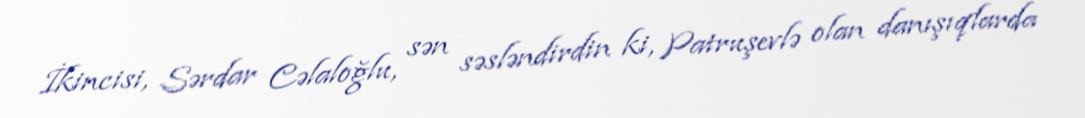
İkincisi, Sərdar Cəlaloğlu, sən səsləndirdin ki, Patruşevlə olan danışıqlarda